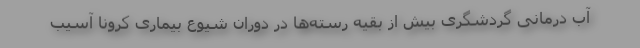
آب درمانی گردشگری بیش از بقیه رسته‌ها در دوران شیوع بیماری کرونا آسیب